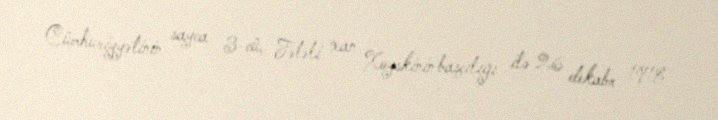
Cümhuriyyətinin sayca 3-cü, Fətəli xan Xoyskinin başçılığı ilə 26 dekabr 1918